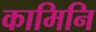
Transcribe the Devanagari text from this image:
कामिनि